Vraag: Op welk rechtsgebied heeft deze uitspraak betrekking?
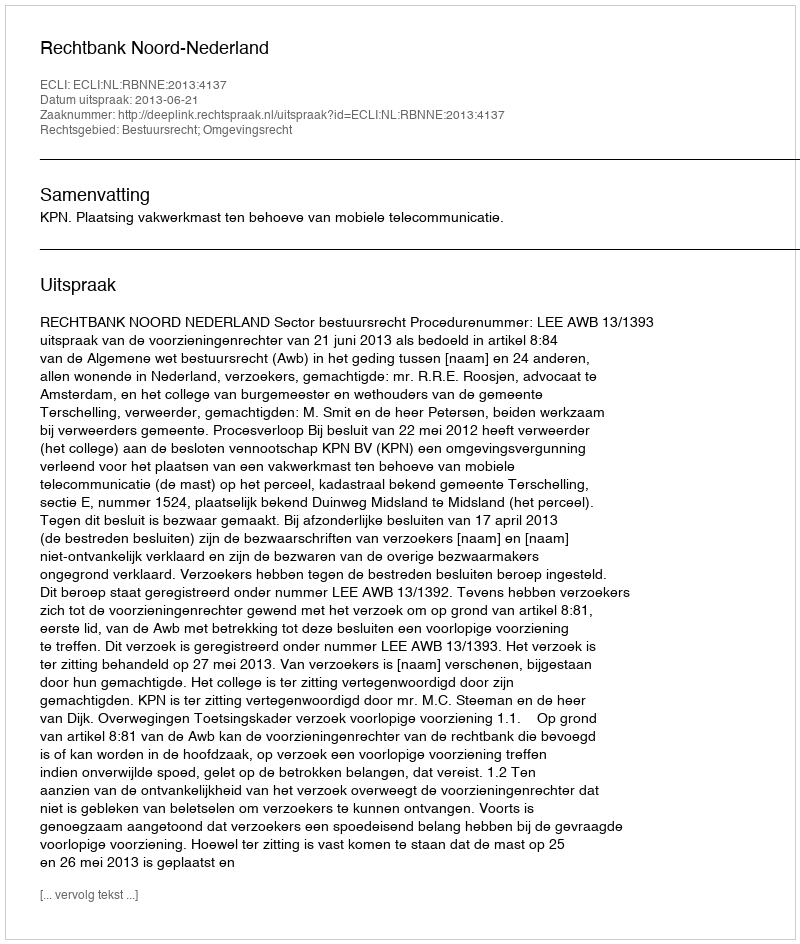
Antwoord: Bestuursrecht; Omgevingsrecht